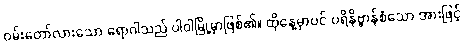
ဝမ်းတော်လားသော ရောဂါသည် ပါဝါမြို့မှာဖြစ်၏။ ထိုနေ့မှာပင် ပရိနိဗ္ဗာန်စံသော အားဖြင့်